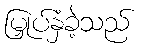
မြှုပ်နှံခဲ့သည်